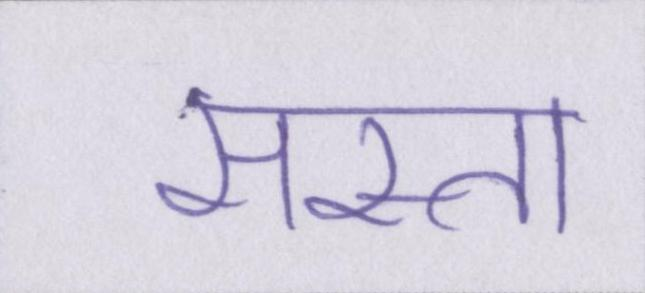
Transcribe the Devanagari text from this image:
सस्ता